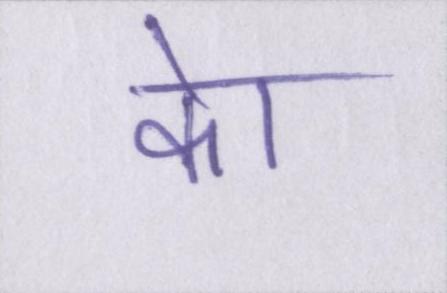
केा